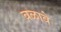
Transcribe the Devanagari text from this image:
बळावे